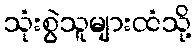
သုံးစွဲသူများထံသို့